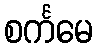
စင်္ကမေ